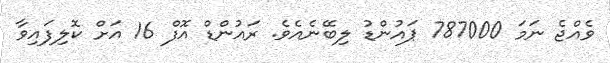
ވެެއްޖެ ނަމަ 787000 ޕައުންޑު ލިބޭނެއެވެ. ރައުންޑް އޮފް 16 އަށް ކޮލިފައިވާ